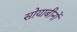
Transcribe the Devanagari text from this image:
सोयाबीनों